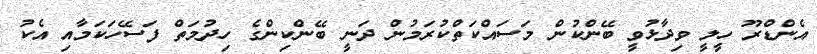
އެންޑްރޫ ހީލީ ވިދާޅުވީ ބޭންކުން މަސައްކަތްކުރަމުން ދަނީީ ބޭންކިންގެ ހިދުމަތް ފަސޭހަކަމާއި އެކު